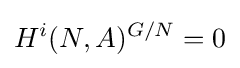
H^{i}(N,A)^{G/N}=0